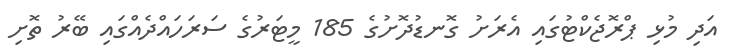
އަދި މުޅި ޕްރޮޖެކްޓުގައި އެރަށު ގޮނޑުދޮށުގެ 185 މީޓަރުގެ ސަރަހައްދެއްގައި ބޭރު ތޮށި